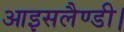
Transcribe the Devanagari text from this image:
आइसलैण्डी।